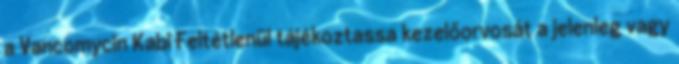
a Vancomycin Kabi Feltétlenül tájékoztassa kezelőorvosát a jelenleg vagy